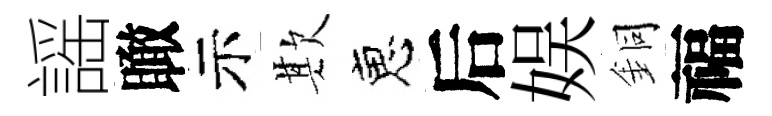
謡瞰示欺恵后娱銅福